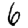
Digit: 6